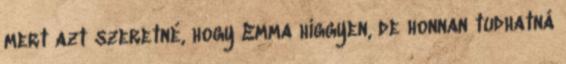
mert azt szeretné, hogy Emma higgyen, de honnan tudhatná